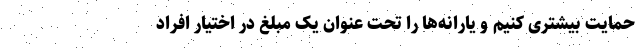
حمایت بیشتری کنیم و یارانه‌ها را تحت عنوان یک مبلغ در اختیار افراد